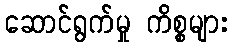
ဆောင်ရွက်မှု ကိစ္စများ